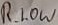
Text: R_LOW